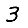
Digit: 3